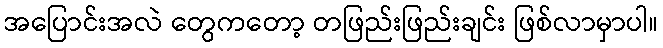
အပြောင်းအလဲ တွေကတော့ တဖြည်းဖြည်းချင်း ဖြစ်လာမှာပါ။